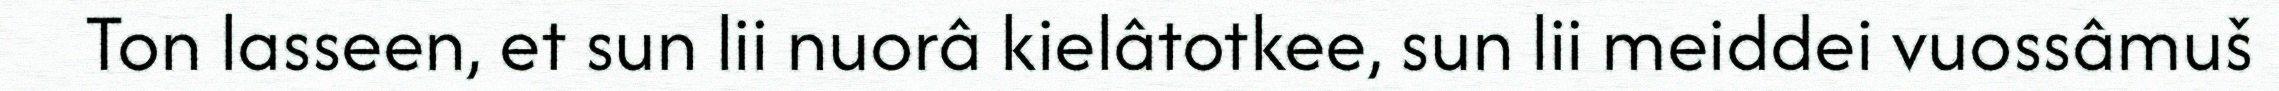
Ton lasseen, et sun lii nuorâ kielâtotkee, sun lii meiddei vuossâmuš